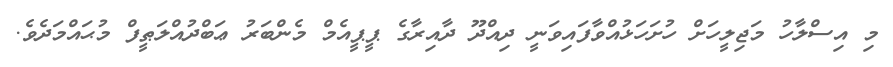
މި އިސްލާހު މަޖިލީހަށް ހުށަހަޅުއްވާފައިވަނީ ދިއްދޫ ދާއިރާގެ ޕީޕީއެމް މެންބަރު ޢަބްދުއްލަޠީފް މުޙައްމަދެވެ.